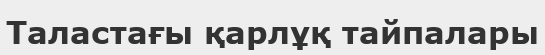
Таластағы қарлұқ тайпалары